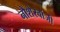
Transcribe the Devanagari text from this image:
नौशेरवांजी